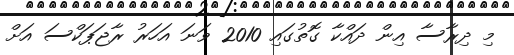
މި ދިރާސާ އިން ދައްކާ ގޮތުގައި 2010 ވަނަ އަހަރު ރާޖަޕަކްސަ އަށް